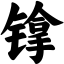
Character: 镎